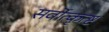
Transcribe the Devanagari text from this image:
सर्वोत्कृत्ष्ट